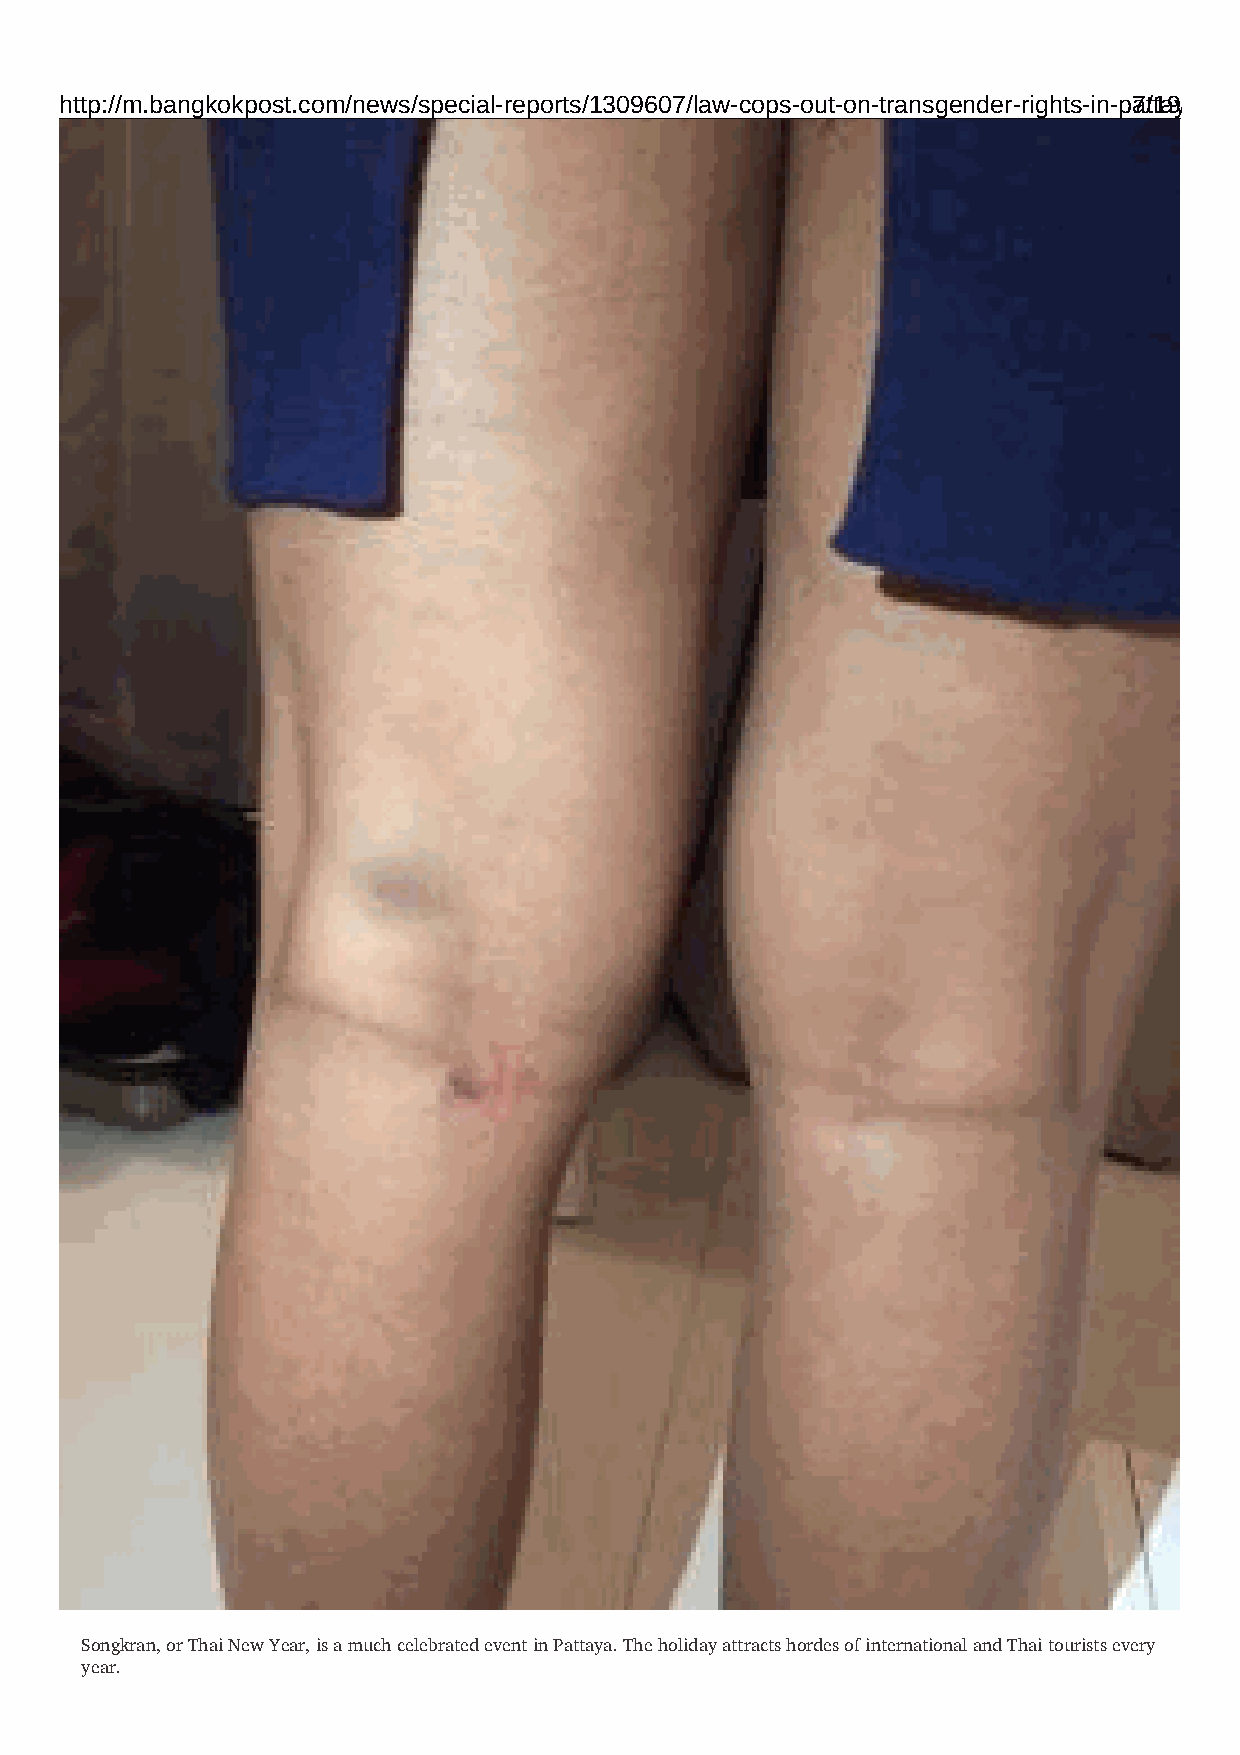
http://m.bangkokpost.com/news/special-reports/1309607/law-cops-out-on-transgender-rights-in-pa7t/t1a9ya
 Songkran, or Thai New Year, is a much celebrated event in Pattaya. The holiday attracts hordes of international and Thai tourists every
 year.